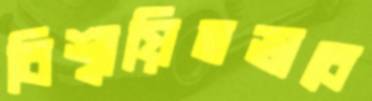
বিশ্বায়িতভাবে